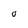
Character: O